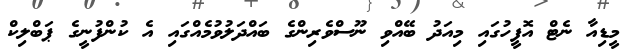
މީޑިއާ ނެޓް އޮފީހުގައި މިއަދު ބޭއްވި ނޫސްވެރިންގެ ބައްދަލުވުމެއްގައި އެ ކުންފުނީގެ ޕަބްލިކް